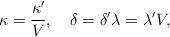
LaTeX: \begin{align*}\kappa=\frac{\kappa'}{V},\quad\delta=\delta'\lambda=\lambda'V,\end{align*}